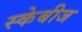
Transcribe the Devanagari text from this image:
स्केबीज